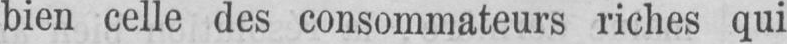
bien celle des consommateurs riches qui